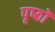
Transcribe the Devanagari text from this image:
पृष्‍ठों